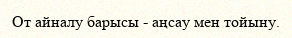
От айналу барысы - аңсау мен тойыну.